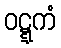
ဝဋ္ဋကံ